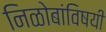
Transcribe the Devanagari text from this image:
निळोबांविषयी